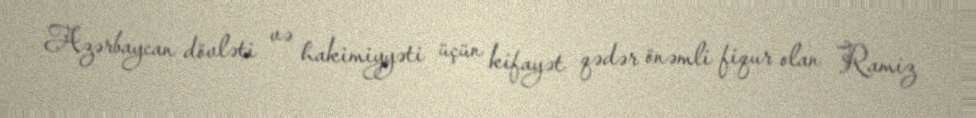
Azərbaycan dövləti və hakimiyyəti üçün kifayət qədər önəmli fiqur olan Ramiz